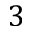
3